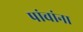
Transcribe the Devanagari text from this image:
पांचांना